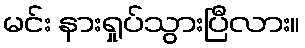
မင်း နားရှုပ်သွားပြီလား။